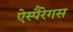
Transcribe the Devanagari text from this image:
ऐस्पैरेगस